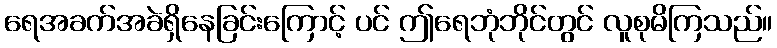
ရေအခက်အခဲရှိနေခြင်းကြောင့် ပင် ဤရေဘုံဘိုင်တွင် လူစုမိကြသည်။